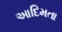
આદિમતા